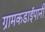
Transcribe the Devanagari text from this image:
ग्रामकडाईपानी